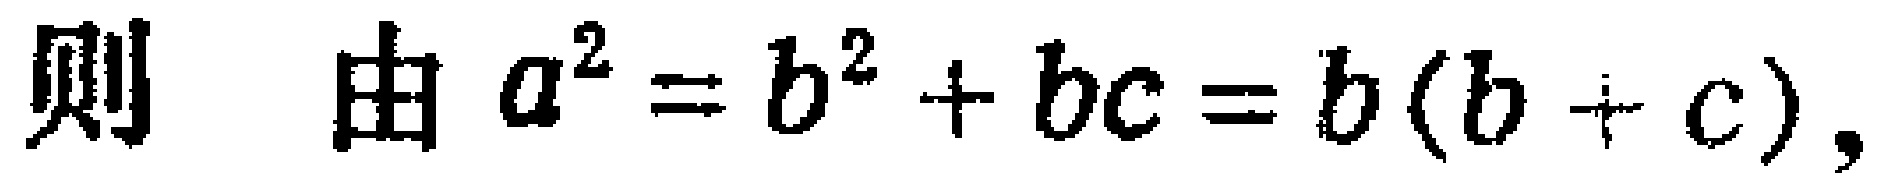
则 由 \(a^{2}=b^{2}+bc = b(b + c)\)，